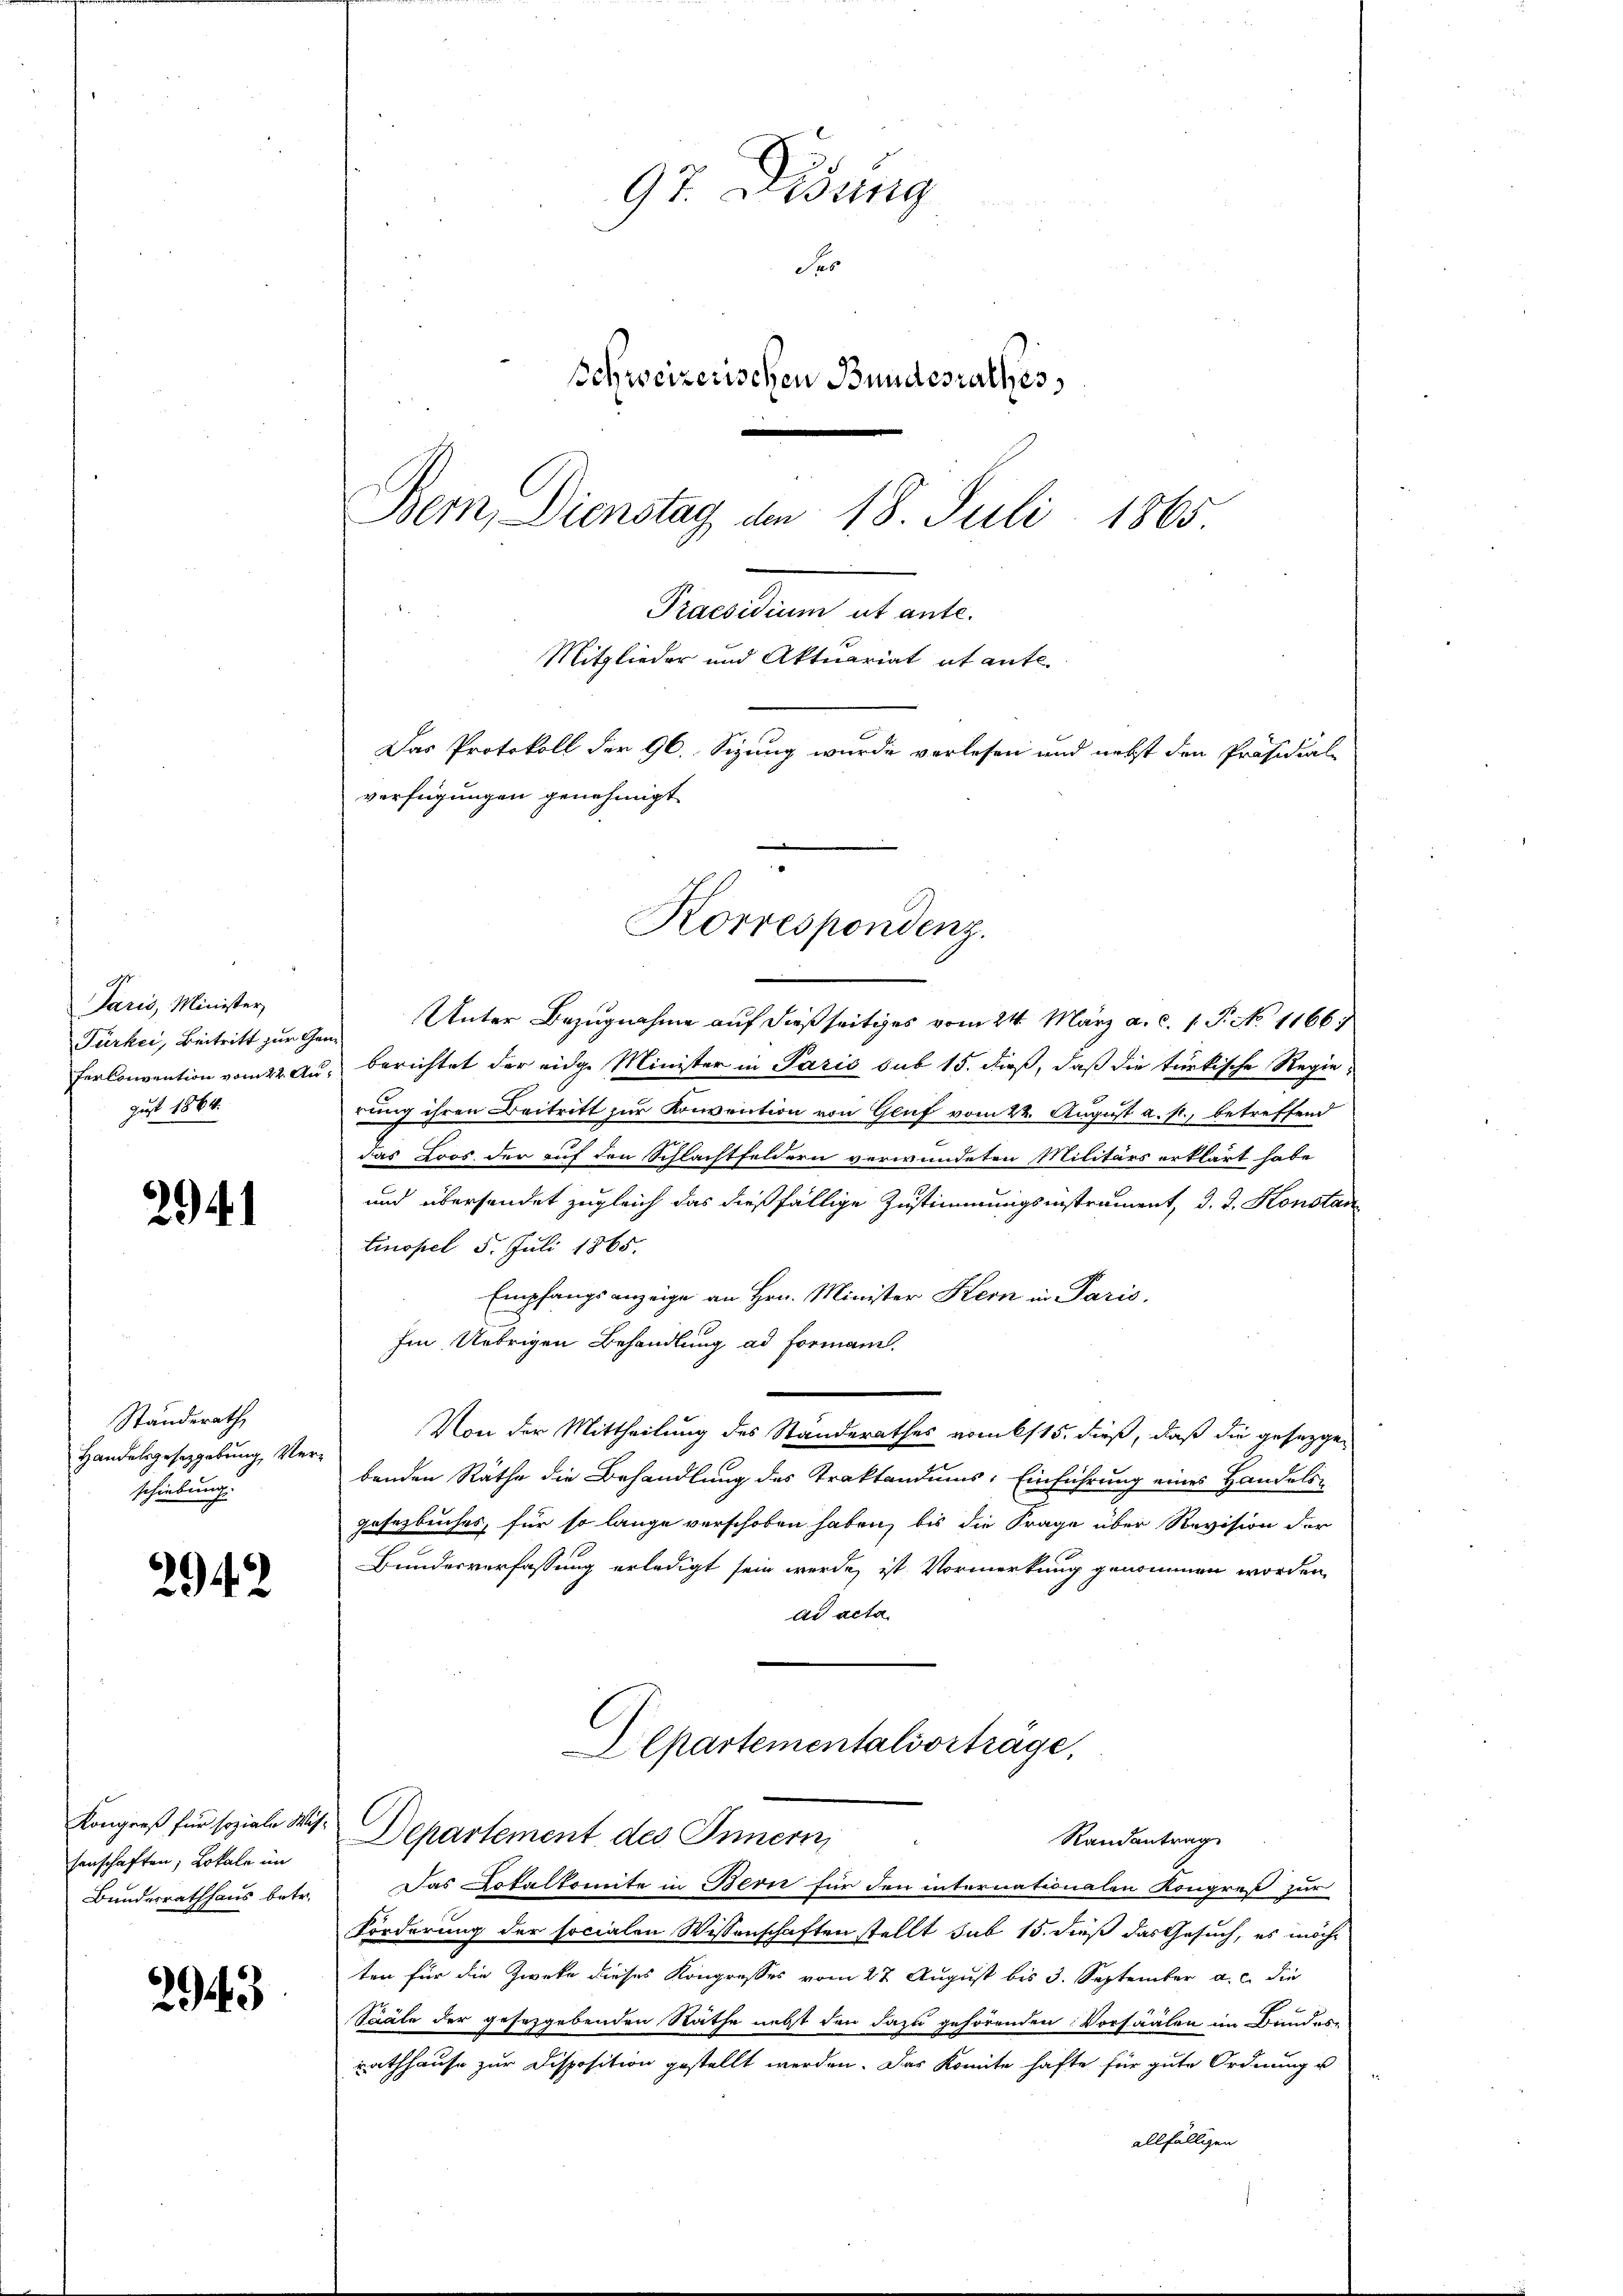
d
Paris, Minister
Türkei, Beitritt zur
PerConvention vom 22. A.
Just 1864.

294.

Standerath
Handelsgesetzgebung Verschiebung.

2942

Kongreß für soziale Wissenschaften; Lokale im
Bundesrathhaus betr.

2

97. Didung
Ses
Schweizerischen Bundesrathes,
Bern, Dienstag den 18. Juli 1865
Praesidium ut ante.
Mitglieder und Aktuariat et ante.
Das Protokoll der 96. Sizung wurde verlesen und nebst den Präsidial-
verfügungen genehmigt

Unter Bezugnahme auf dießseitiges vom 24. März a. c. 1. P. No 11661
berichtet der eidge Minister in Paris sub 15. daß, daß die türkische Regierung ihren Beitritt zur Konvention von Gluf vom 22. August a. f., betreffend
das Loos, der auf den Schlachtfeldern verwundeten Militärs erklärt habe
und übersendet zugleich das dießfällige Zustimmungsinstrument, d. J. Konstan
Einopel 5. Juli 1865.
Empfangsanzeige an Hrn. Minister Kern in Paris.
Im Uebrigen Behandlung ad Formani.
Von der Mittheilung des Standerathes vom 15. dieß, daß die gesetzge
benden Räthe die Behandlung des Traktandums, Einführung eines Handels-
gesezbuches, für so lange verschoben haben, bis die Frage über Revision der
Bundesverfassung erledigt sein werde, ist Vormerkung genommen worden,
dd acta.
Alpartementalvorträge,
Departement des Innern,
Randantrag
Das Dotalkomite in Bern für den internationalen Kongreß zur
Forderung der socialen Wissenschaften stellt sub 15. dieß das Gesuch, es möcht
ten für die Zweke dieses Kongresses vom 27 August bis 3. September a. c. die
Sääle der gesezgebenden Rathe nebst den dazu gehörenden Vorsaalen im Bundes-
Rathhause zur Disposition gestellt werden. Das konnte hafte für gute Ordnung u
allfälligen

Korrespondenz.